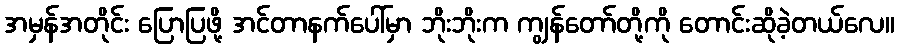
အမှန်အတိုင်း ပြောပြဖို့ အင်တာနက်ပေါ်မှာ ဘိုးဘိုးက ကျွန်တော်တို့ကို တောင်းဆိုခဲ့တယ်လေ။